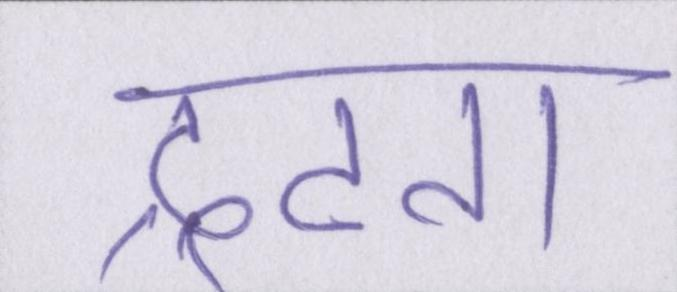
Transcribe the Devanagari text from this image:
द्रढता